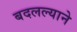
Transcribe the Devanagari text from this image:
बदलल्याने